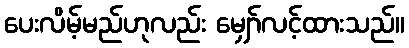
ပေးလိမ့်မည်ဟုလည်း မျှော်လင့်ထားသည်။